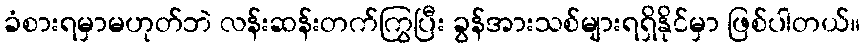
ခံစားရမှာမဟုတ်ဘဲ လန်းဆန်းတက်ကြွပြီး ခွန်အားသစ်များရရှိနိုင်မှာ ဖြစ်ပါတယ်။